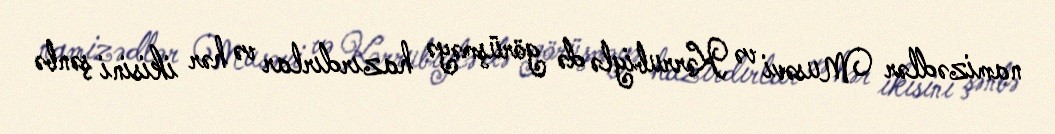
namizədlər Musəvi və Kərrubiylə də görüşməyə hazırdırlar və hər ikisini şənbə